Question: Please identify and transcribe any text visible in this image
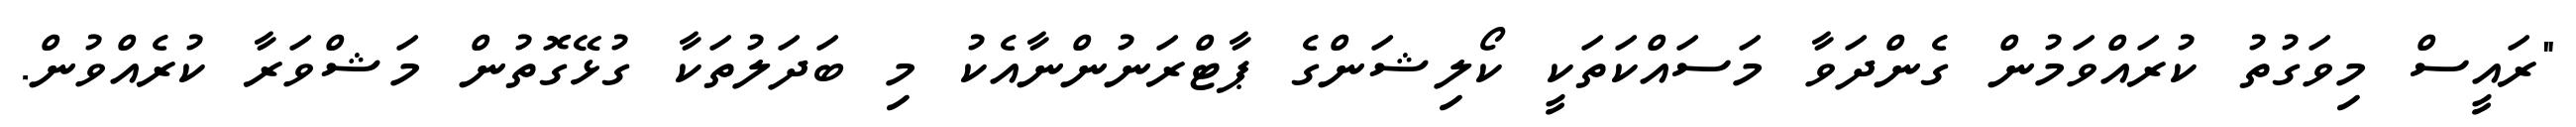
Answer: "ރައީސް މިވަގުތު ކުރައްވަމުން ގެންދަވާ މަސައްކަތަކީ ކޯލިޝަންގެ ޕާޓްރަނުންނާއެކު މި ބަދަލުތަކާ ގުޅޭގޮތުން މަޝްވަރާ ކުރެއްވުން.